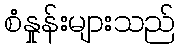
စံနှုန်းများသည်